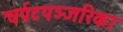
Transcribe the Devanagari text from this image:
चर्पटपञ्जरिका